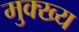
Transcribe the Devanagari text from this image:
मुक्ख्य